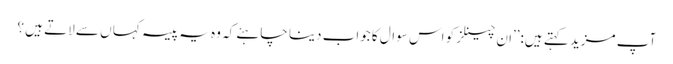
آپ مزید کہتے ہیں:’’ان چینلز کو اس سوال کا جواب دینا چاہئے کہ وہ یہ پیسہ کہا ں سے لاتے ہیں ؟